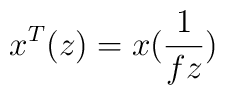
x^T(z)=         x(\frac{1}{fz})